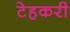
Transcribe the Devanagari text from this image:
टेहकरी